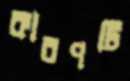
কারণটি